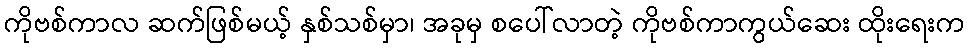
ကိုဗစ်ကာလ ဆက်ဖြစ်မယ့် နှစ်သစ်မှာ၊ အခုမှ စပေါ်လာတဲ့ ကိုဗစ်ကာကွယ်ဆေး ထိုးရေးက